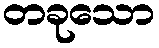
တခုသော